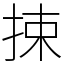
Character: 捒